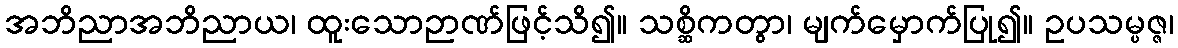
အဘိညာအဘိညာယ၊ ထူးသောဉာဏ်ဖြင့်သိ၍။ သစ္ဆိကတွာ၊ မျက်မှောက်ပြု၍။ ဥပသမ္ပဇ္ဇ၊